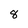
Character: 8